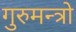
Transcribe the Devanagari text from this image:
गुरुमन्त्रो